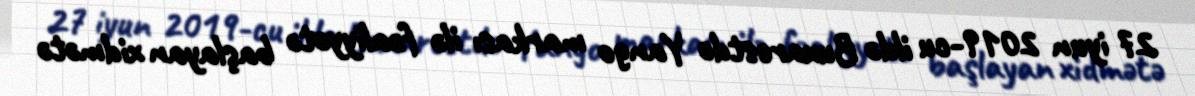
27 iyun 2019-cu ildə Buxarestdə Yango markası ilə fəaliyyətə başlayan xidmətə